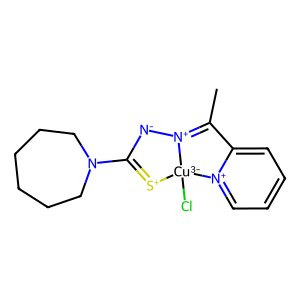
SMILES: CC1=[N+]2[N-]C(N3CCCCCC3)=[S+][Cu-3]2(Cl)[n+]2ccccc21
Inhibits HIV replication: No